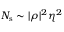
N _ { \mathrm { s } } \sim | \rho | ^ { 2 } \eta ^ { 2 }